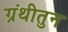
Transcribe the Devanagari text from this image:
ग्रंथीतुन